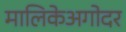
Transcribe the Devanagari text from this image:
मालिकेअगोदर